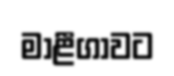
මාළීගාවට